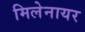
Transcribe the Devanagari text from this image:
मिलेनायर